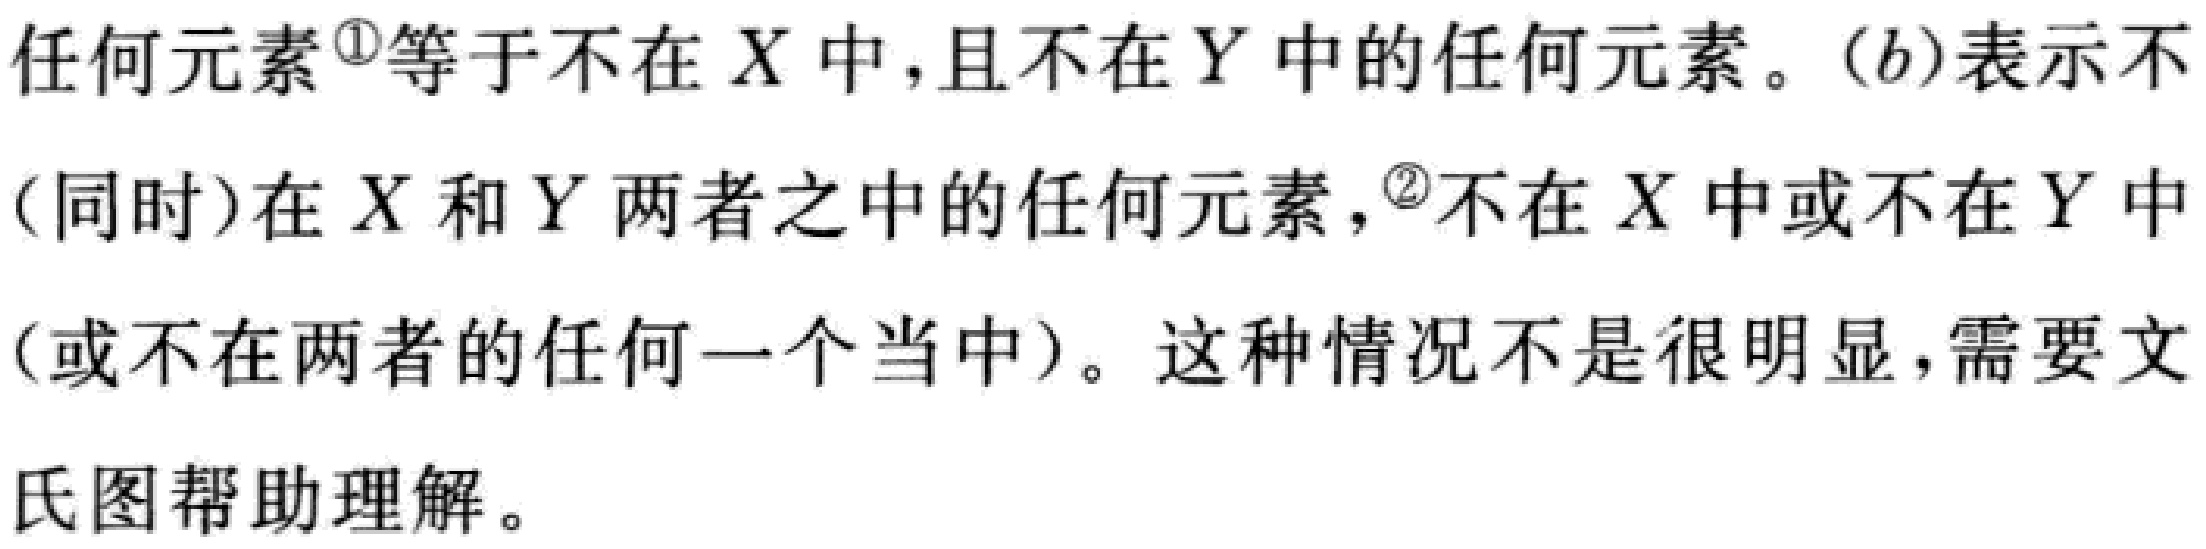
任何元素\textsuperscript{\textcircled{1}}等于不在 \(X\) 中，且不在 \(Y\) 中的任何元素。\((b)\)表示不（同时）在 \(X\) 和 \(Y\) 两者之中的任何元素，\textsuperscript{\textcircled{2}}不在 \(X\) 中或不在 \(Y\) 中（或不在两者的任何一个当中）。这种情况不是很明显，需要文氏图帮助理解。